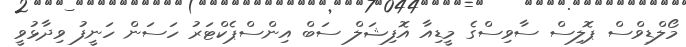
މޯލްޑިވްސް ޕޮލިސް ސާވިސްގެ މީޑިއާ އޮފިޝަލް ސަބް އިންސްޕެކްޓަރު ހަސަން ހަނީފު ވިދާޅުވީ